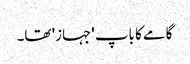
گامے کا باپ 'جہاز' تھا۔